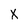
Character: X